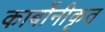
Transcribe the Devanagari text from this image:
कार्बोनीकृत